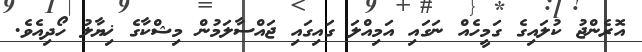
އޮރެންޖު ކުލައިގެ ގަމީހެއް ނަގައި އަމިއްލަ ގައިގައި ޖައްސާލަމުން މިޝްކާގެ ޚިޔާލު ހޯދިއެވެ.